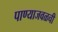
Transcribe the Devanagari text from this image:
पाण्याजवळची